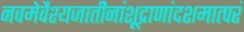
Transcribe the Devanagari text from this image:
नवमेवैश्यजातीनांशूद्राणांदशमात्परं